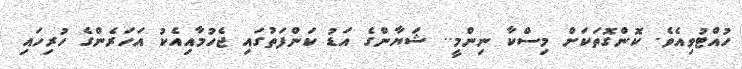
ހުއްޓުވިއެވެ. ކޮންގޮތަކަށް މިސްކާ ނިންމީ.. ޝަޔާންގެ އަޑު ކަންފަތުގައި ޖެހުމާއިއެކު އަހަރެންގެ ހުރިހައި